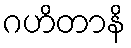
ဂဟိတာနိ